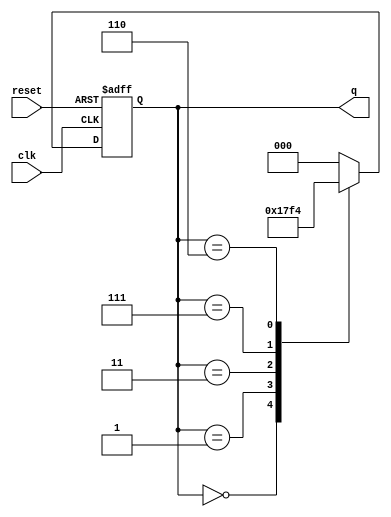
module JohnsonCounter (
    input wire clk,      // Clock signal
    input wire reset,    // Asynchronous reset signal
    output reg [2:0] q   // Output state of the Johnson counter
);

// State encoding for a 3-bit Johnson counter (6 states)
localparam S0 = 3'b000; // State 0
localparam S1 = 3'b001; // State 1
localparam S2 = 3'b011; // State 2
localparam S3 = 3'b111; // State 3
localparam S4 = 3'b110; // State 4
localparam S5 = 3'b100; // State 5

// State transition
always @(posedge clk or posedge reset) begin
    if (reset) begin
        q <= S0; // Reset to state 0
    end else begin
        case (q)
            S0: q <= S1; // 000 -> 001
            S1: q <= S2; // 001 -> 011
            S2: q <= S3; // 011 -> 111
            S3: q <= S4; // 111 -> 110
            S4: q <= S5; // 110 -> 100
            S5: q <= S0; // 100 -> 000
            default: q <= S0; // Default to ensure it resets to state 0
        endcase
    end
end

endmodule